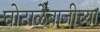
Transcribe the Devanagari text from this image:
घोटाळेबाजीच्या